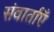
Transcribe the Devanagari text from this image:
संवार्ताएँ